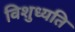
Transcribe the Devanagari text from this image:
विशुध्यति